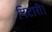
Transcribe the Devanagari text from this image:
पिटारी।